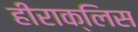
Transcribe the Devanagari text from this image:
हीराक्लिस